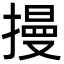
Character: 摱